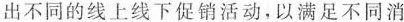
出不同的线上线下促销活动，以满足不同消